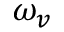
\omega _ { v }